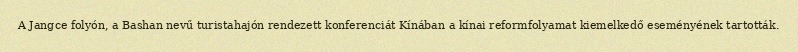
A Jangce folyón, a Bashan nevű turistahajón rendezett konferenciát Kínában a kínai reformfolyamat kiemelkedő eseményének tartották.